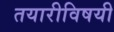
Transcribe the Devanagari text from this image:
तयारीविषयी